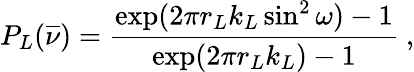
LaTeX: P_{L}(\overline{{\nu}})=\frac{\exp(2\pi r_{L}k_{L}\sin^{2}\omega)-1}{\exp(2\pi r_{L}k_{L})-1}\ ,